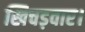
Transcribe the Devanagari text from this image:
खिचड़वार।